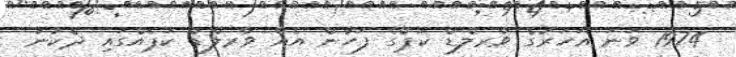
1974 ވަނަ އަހަރުގެ ވާރލްޑް ކަޕްގެ ފަހުން އެއް ވާރލްޑް ކަޕެއްގައި ދެކުނު